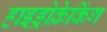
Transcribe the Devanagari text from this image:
हाइड्रोक्रेकिंग